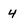
Character: 4